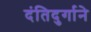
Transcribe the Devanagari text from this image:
दंतिदुर्गाने